Vaccination in Burma 1889-1999 - 1889-1999
Year: 1889
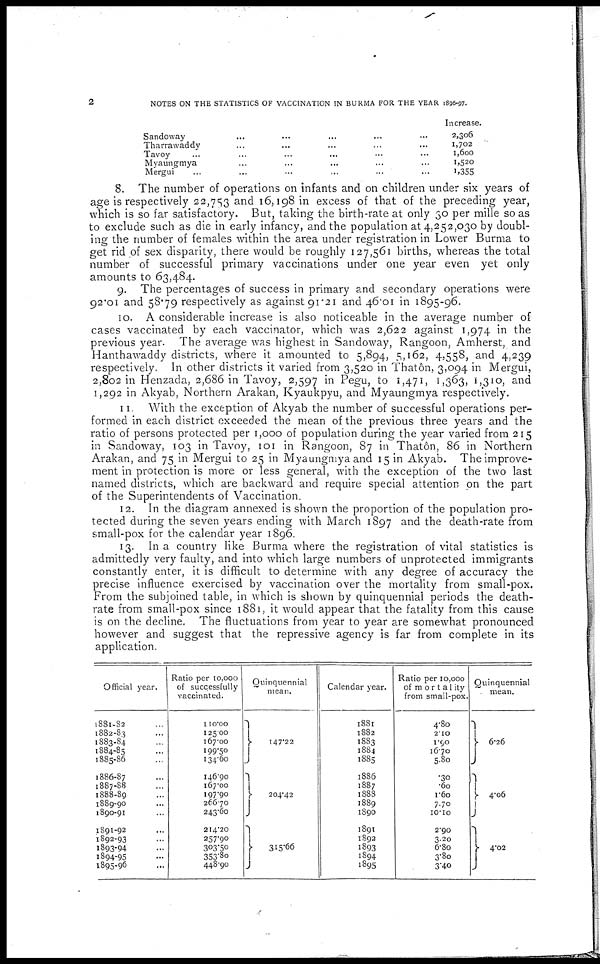
2
NOTES ON THE STATISTICS OF VACCINATION IN BURMA FOR THE YEAR 1896-97.
Sandoway... ... ...
Tharrawaddy... ... ...
Tavoy... ... ...
Myaungmya... ... ... ...
Mergui... ... ... ...
Increase.
2,306
1,702
1,600
1,520
1,355
8. The number of operations on infants and on children under six years of
age is respectively 22,753 and 16,198 in excess of that of the preceding year,
which is so far satisfactory. But, taking the birth-rate at only 30 per mille so as
to exclude such as die in early infancy, and the population at 4,252,030 by doubl-
ing the number of females within the area under registration in Lower Burma to
get rid of sex disparity, there would be roughly 127,561 births, whereas the total
number of successful primary vaccinations under one year even yet only
amounts to 63,484.
9. The percentages of success in primary and secondary operations were
92.01 and 58.79 respectively as against 91.21 and 46.01 in 1895-96.
10. A considerable increase is also noticeable in the average number of
cases vaccinated by each vaccinator, which was 2,622 against 1,974 in the
previous year. The average was highest in Sandoway, Rangoon, Amherst, and
Hanthawaddy districts, where it amounted to 5,894, 5,162, 4,558, and 4,239
respectively. In other districts it varied from 3,520 in Thatôn, 3,094 in Mergui,
2,802 in Henzada, 2,686 in Tavoy, 2,597 in Pegu, to 1,471, 1,363, 1,310, and
1,292 in Akyab, Northern Arakan, Kyaukpyu, and Myaungmya respectively.
11. With the exception of Akyab the number of successful operations per-
formed in each district exceeded the mean of the previous three years and the
ratio of persons protected per 1,000 of population during the year varied from 215
in Sandoway, 103 in Tavoy, 101 in Rangoon, 87 in Thatôn, 86 in Northern
Arakan, and 75 in Mergui to 25 in Myaungmya and 15 in Akyab. The improve-
ment in protection is more or less general, with the exception of the two last
named districts, which are backward and require special attention on the part
of the Superintendents of Vaccination.
12. In the diagram annexed is shown the proportion of the population pro-
tected during the seven years ending with March 1897 and the death-rate from
small-pox for the calendar year 1896.
13. In a country like Burma where the registration of vital statistics is
admittedly very faulty, and into which large numbers of unprotected immigrants
constantly enter, it is difficult to determine with any degree of accuracy the
precise influence exercised by vaccination over the mortality from small-pox.
From the subjoined table, in which is shown by quinquennial periods the death-
rate from small-pox since 1881, it would appear that the fatality from this cause
is on the decline. The fluctuations from year to year are somewhat pronounced
however and suggest that the repressive agency is far from complete in its
application.
Official year.
1881-82...
1882-83...
1883-84...
1884-85...
1885-86...
1886.87...
1887-88...
1888-89...
1889-90...
1890-91...
1891-92...
1892-93...
1893-94...
1894-95...
1895-96...
Ratio per 10,000
of successfully
vaccinated.
110.00
125.00
167.00
199.50
134.60
146.90
167.00
197.90
266.70
243.60
214.20
257.90
303.50
353.80
448.90
Quinquennial
mean.
147.22
204.42
315.66
Calendar year.
1881
1882
1883
1884
1885
1886
1887
1888
1889
1890
1891
1892
1893
1894
1895
Ratio per 10,000
of morta1ity
from small-pox.
4.80
2.10
1.90
16.70
5.80
.30
.60
1.60
7.70
10.10
2.90
3.20
6.80
3.80
3.40
Quinquennial
mean.
6.26
4.06
4.02